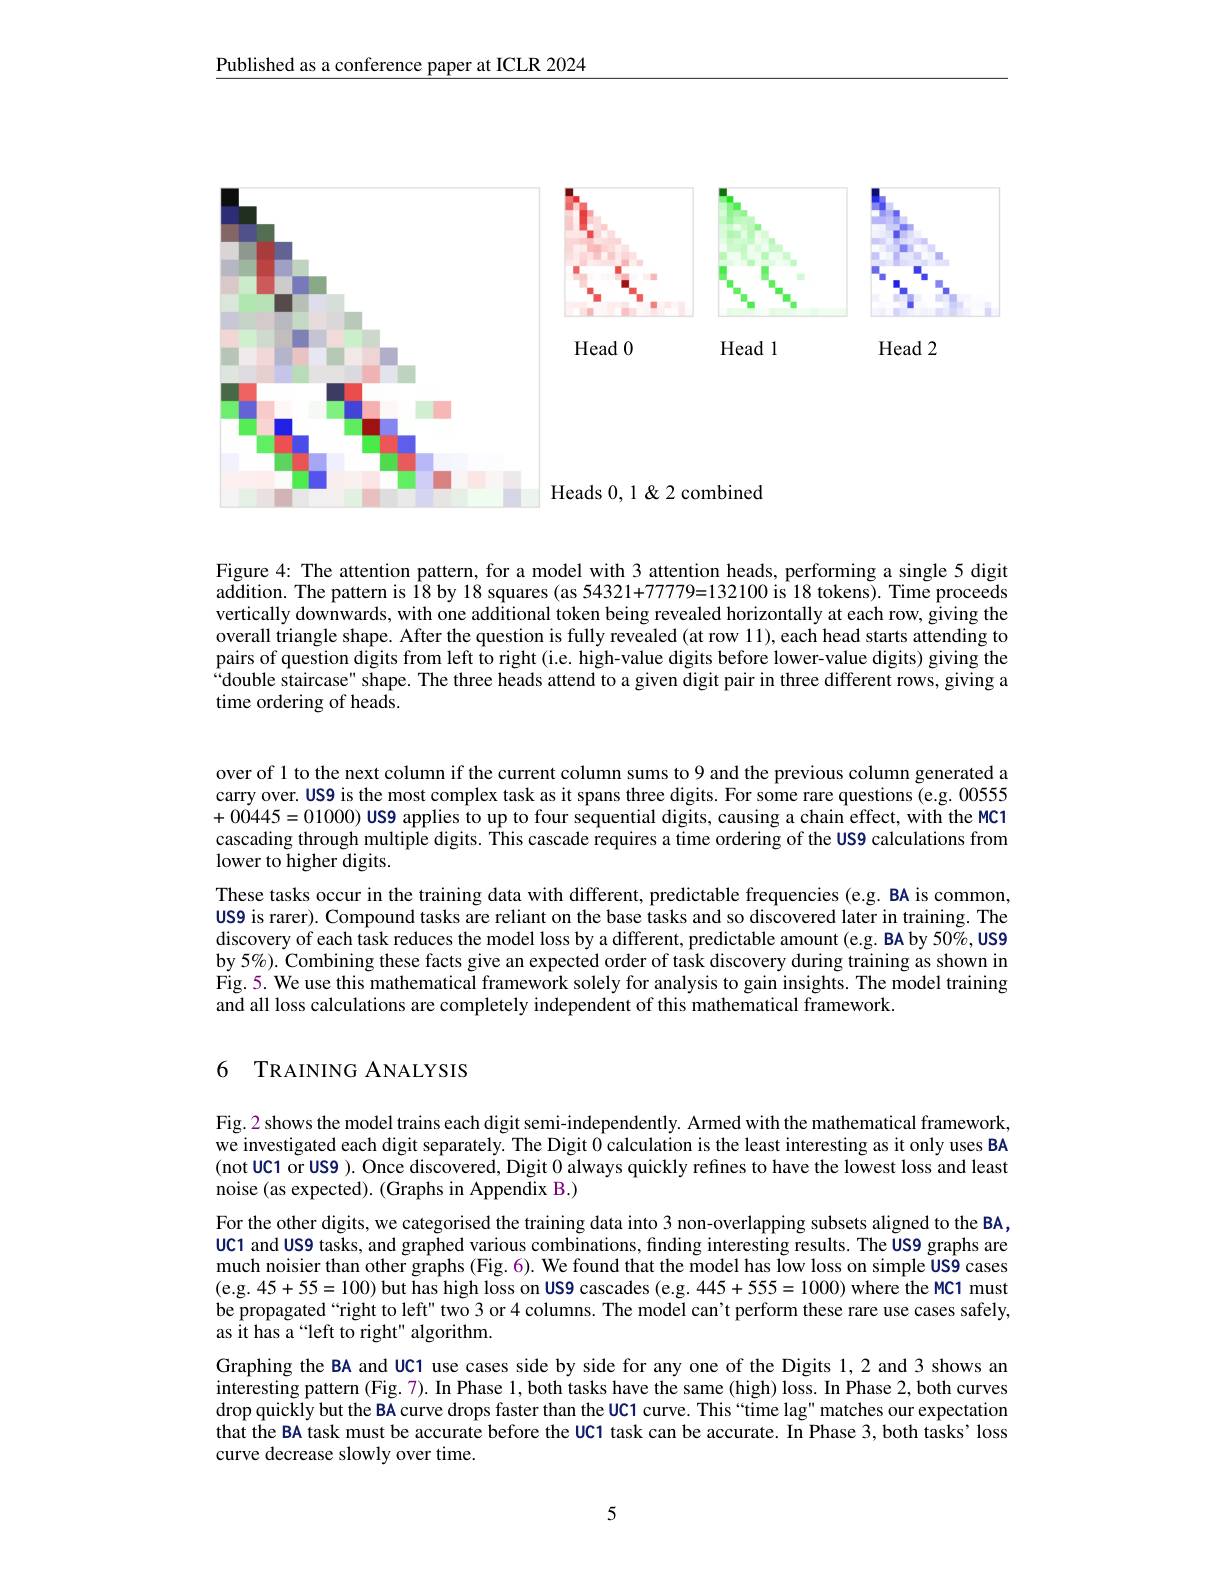
$\underline{\text{Published as a conference paper at ICLR 2024}}$

<FigureHere>

Head 0

Head 2

Head l

Heads $0,1\&2$ combined

Figure 4: The attention pattern, for a model with 3 attention heads, performing a single 5 digit addition. The pattern is 18 by 18 squares (as 54321+77779=132100 is 18 tokens). Time proceeds vertically downwards, with one additional token being revealed horizontally at each row, giving the overall triangle shape. After the question is fully revealed (at row 11), each head starts attending to pairs of question digits from left to right (i.e. high-value digits before lower-value digits) giving the $\hat{\text{double staircase" shape. The three heads attend to a given }}\tilde{\text{digit pair in three different rows, giving a}}$ time ordering of heads.

over of 1 to the next column if the current column sums to 9 and the previous column generated a carry over. US9 is the most complex task as it spans three digits. For some rare questions (e.g. 00555 +00445=01000) US9 applies to up to four sequential digits, causing a chain effect, with the MC1 cascading through multiple digits. This cascade requires a time ordering of the US9 calculations from lower to higher digits.
These tasks occur in the training data with different, predictable frequencies (e.g. BA is common, US9 is rarer). Compound tasks are reliant on the base tasks and so discovered later in training. The discovery of each task reduces the model loss by a different, predictable amount (e.g. BA by 50%, US9 by 5%). Combining these facts give an expected order of task discovery during training as shown in $\tilde{\text{Fig.5. We use this mathematical framework solely for analysis to gain insights. The model training}}$ and all loss calculations are completely independent of this mathematical framework.

### 6 TRAINING ANALYSIS

Fig.2 shows the model trains each digit semi-independently. Armed with the mathematical framework, we investigated each digit separately. The Digit 0 calculation is the least interesting as it only uses BA (not UC1 or US9 ). Once discovered, Digit 0 always quickly refines to have the lowest loss and least noise (as expected). (Graphs in Appendix B.)
For the other digits, we categorised the training data into 3 non-overlapping subsets aligned to the BA, UC1 and US9 tasks, and graphed various combinations, finding interesting results. The US9 graphs are much noisier than other graphs (Fig. 6). We found that the model has low loss on simple US9 cases (e.g.45+55=100) but has high loss on US9 cascades (e.g. 445+555=1000) where the MC1 must be propagated“right to left" two 3 or 4 columns. The model can't perform these rare use cases safely, as it has a“left to right" algorithm.
Graphing the BA and UC1 use cases side by side for any one of the Digits 1,2 and 3 shows an interesting pattern (Fig.7). In Phase 1, both tasks have the same (high) loss. In Phase 2, both curves drop quickly but the BA curve drops faster than the UC1 curve. This “time lag" matches our expectation that the BA task must be accurate before the UC1 task can be accurate. In Phase 3, both tasks' loss curve decrease slowly over time.

5